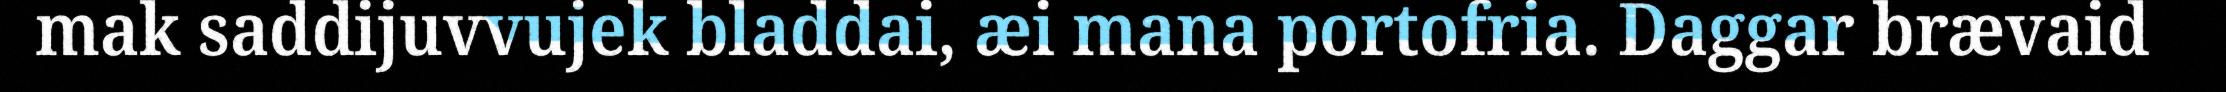
mak saddijuvvujek bladdai, æi mana portofria. Daggar brævaid